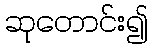
ဆုတောင်း၍